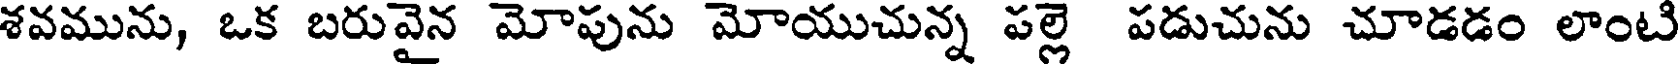
శవమును, ఒక బరువైన మోపును మోయుచున్న పల్లె పడుచును చూడడం లాంటి